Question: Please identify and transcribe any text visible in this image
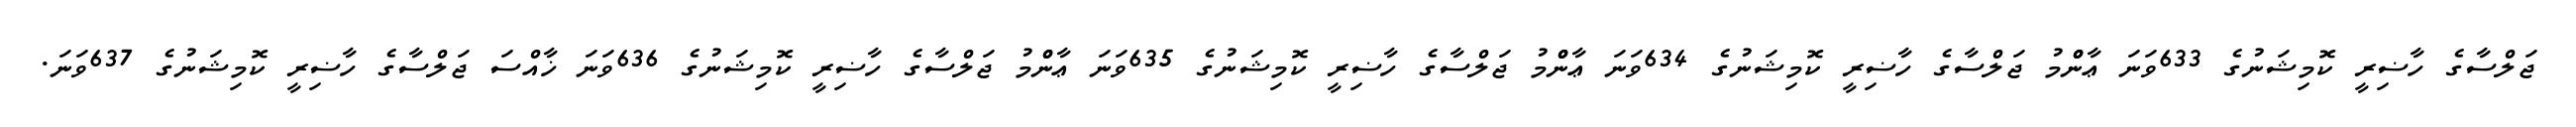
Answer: ޖަލްސާގެ ހާޟިރީ ކޮމިޝަނުގެ 633ވަނަ ޢާންްމު ޖަލްސާގެ ހާޟިރީ ކޮމިޝަނުގެ 634ވަނަ ޢާންްމު ޖަލްސާގެ ހާޟިރީ ކޮމިޝަނުގެ 635ވަނަ ޢާންްމު ޖަލްސާގެ ހާޟިރީ ކޮމިޝަނުގެ 636ވަނަ ޚާއްސަ ޖަލްސާގެ ހާޟިރީ ކޮމިޝަނުގެ 637ވަނަ.